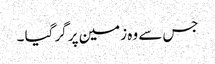
جس سے وہ زمین پر گر گیا ۔